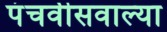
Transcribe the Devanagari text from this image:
पंचवीसवाल्या